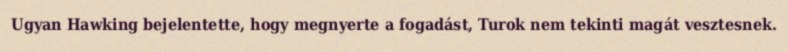
Ugyan Hawking bejelentette, hogy megnyerte a fogadást, Turok nem tekinti magát vesztesnek.